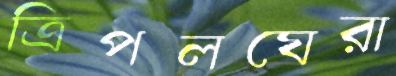
ত্রিপলঘেরা